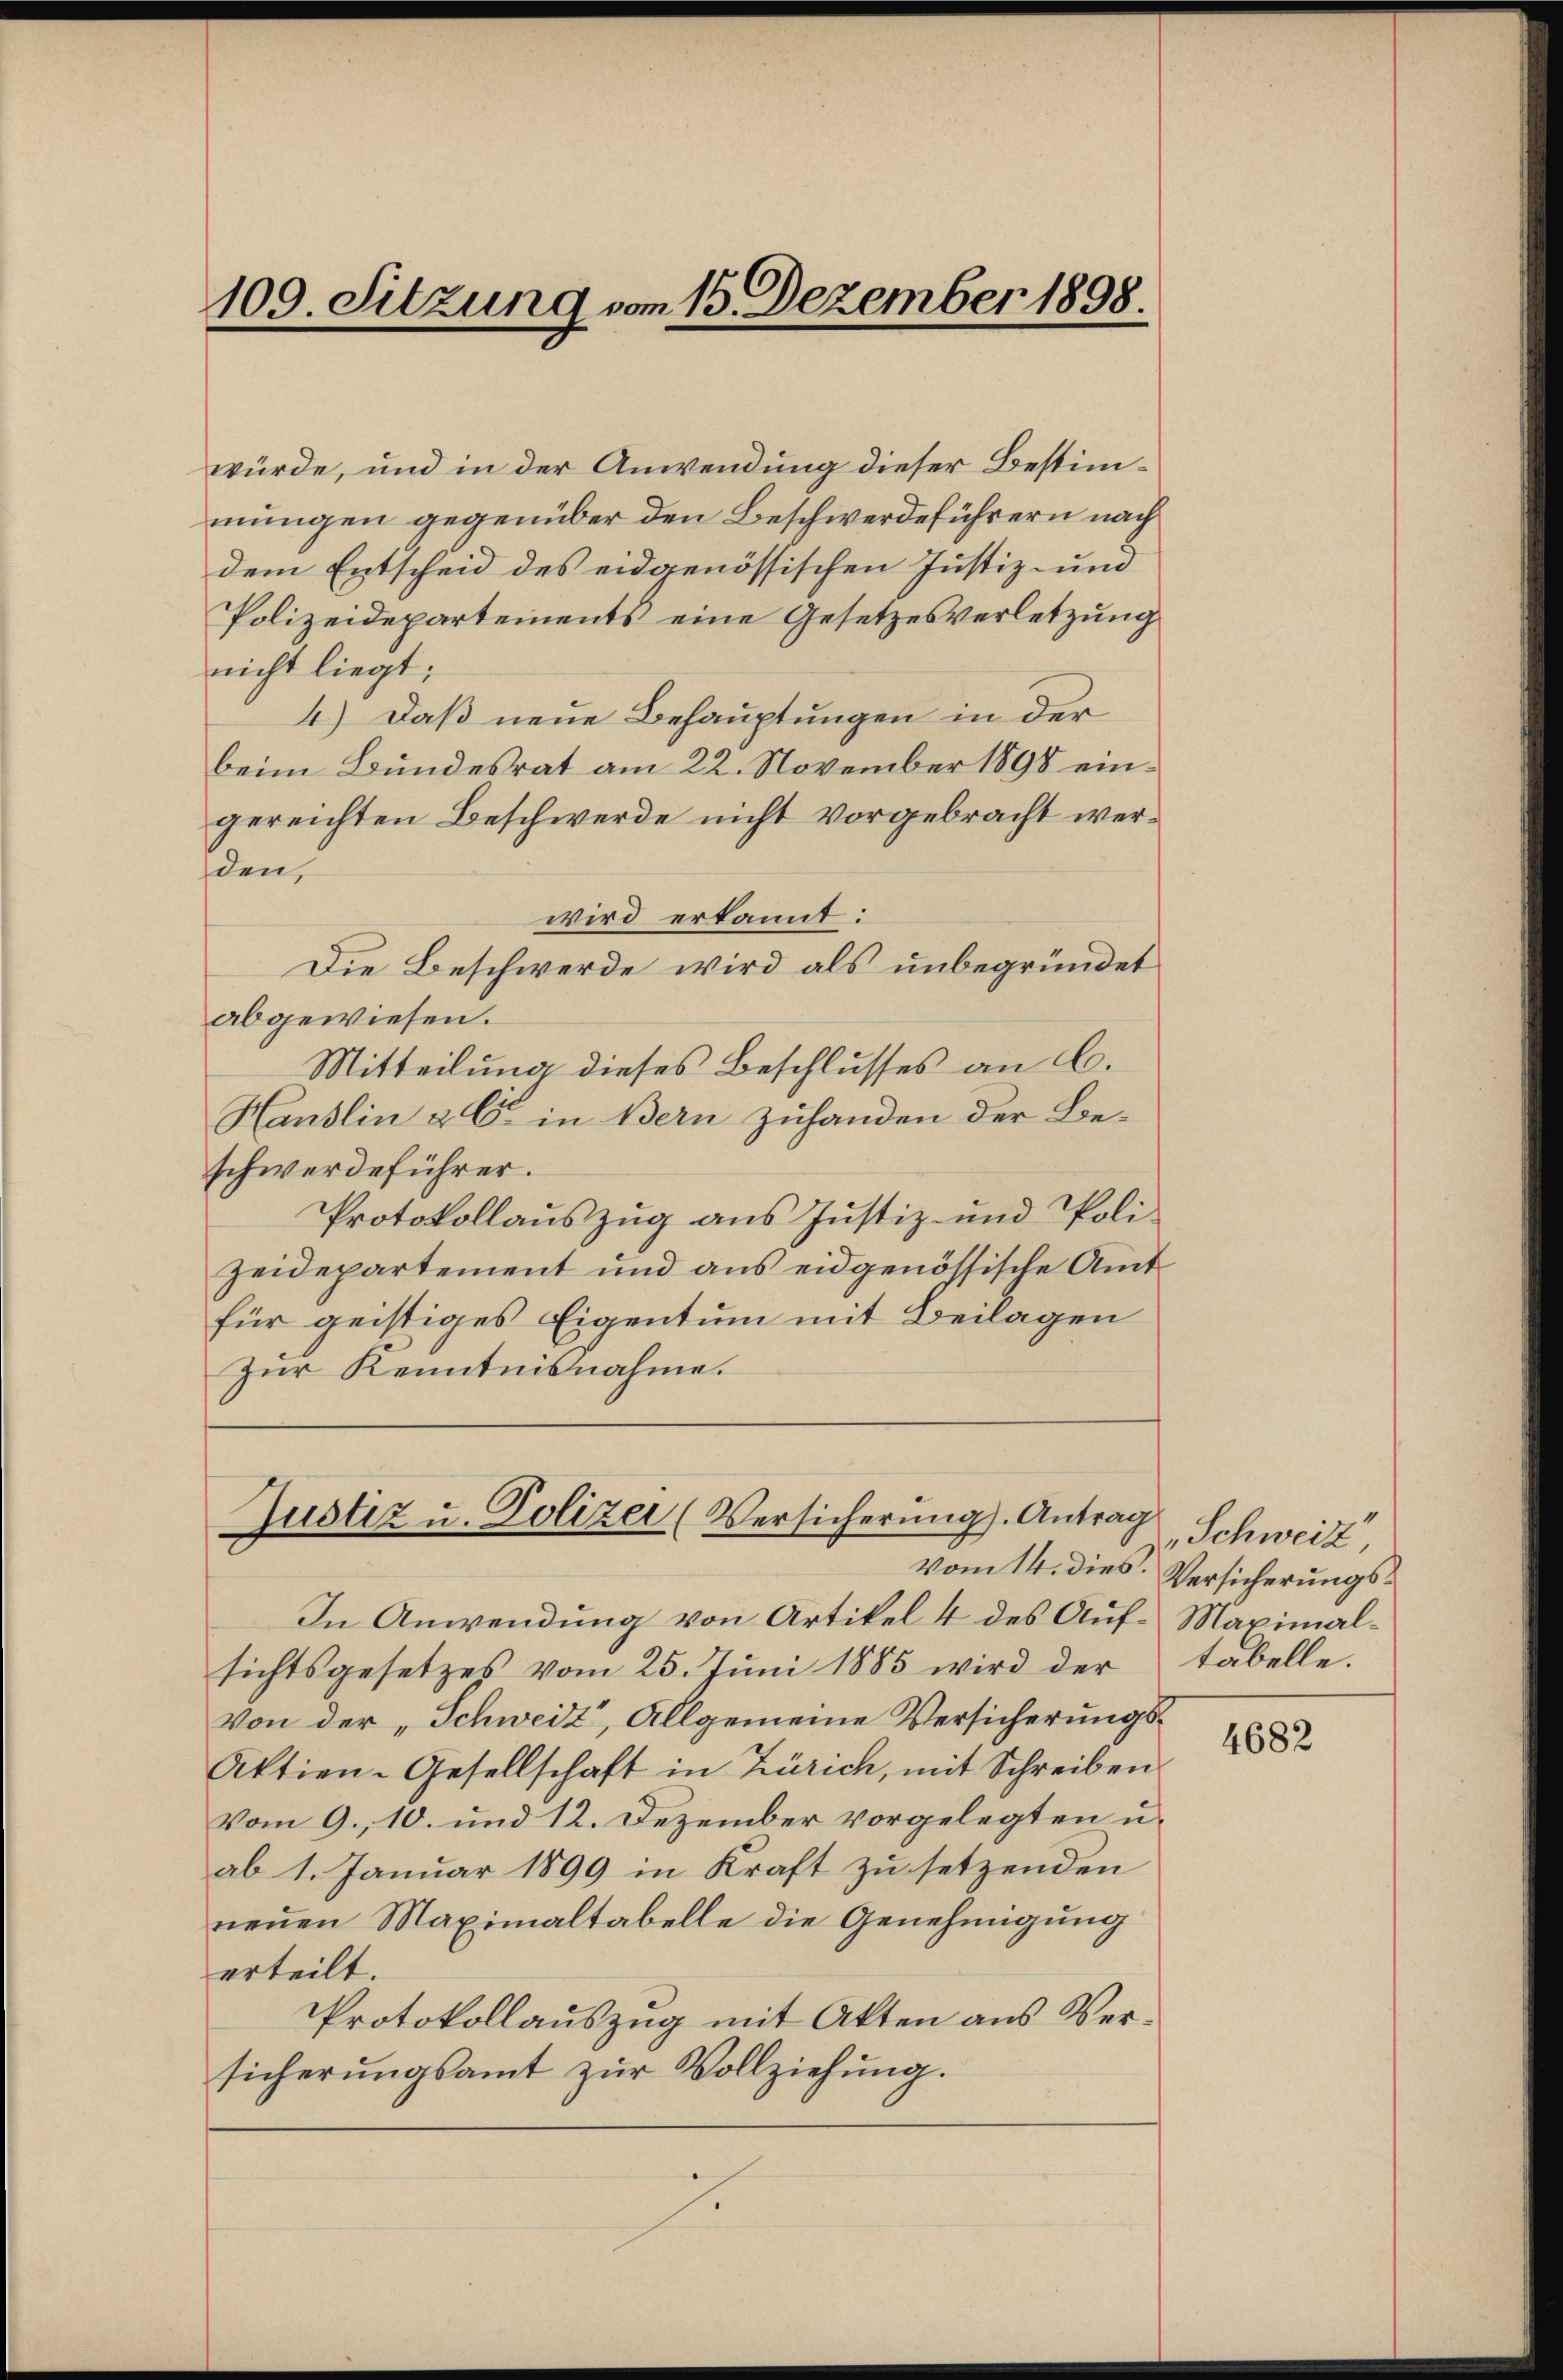
109. Sitzung vom 15. Dezember 1898.

Justiz u. Polizei (Versicherung). Antrag
vom 14. dies.

würde, und in der Anwendung dieser Bestimmungen gegenüber den Beschwerdeführern nach
dem Entscheid des eidgenössischen Justiz- und
Polizeidepartements eine Gesetzesverletzung
nicht liegt;
4.) Daß neue Behauptungen in der
beim Bundesrat am 22. November 1898 eingereichten Beschwerde nicht vorgebracht werden,
wird erkannt:
Die Beschwerde wird als unbegründet
abgewiesen.
Mitteilung dieses Beschlusses an C.
Hanslin & Cie in Bern zuhanden der Beschwerdeführer.
Protokollauszug aus Justiz- und Poli-
Zeidepartement und aus eidgenössische Amtfür geistiges Eigentum mit Beilagen
Zur Kenntnisnahme.

In Anwendung von Artikel 4 des Auf-Maximalsichtsgesetzes vom 25. Jŭni 1885 wird der
Von der „Schweiz, Allgemeine Versicherungs¬
Aktien-Gesellschaft in Zürich, mit Schreiben
Vom 9. 10. und 12. Dezember vorgelegten u.
ab 1. Januar 1899 in Kraft zu setzenden
neuen Maximaltabelle die Genehmigung
erteilt.
Protokollauszug mit Akten aus Versicherŭngsamt zŭr Vollziehŭng.

„Schweiz
Versicherungstabelle.

4682